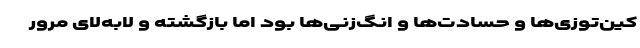
کین‌توزی‌ها و حسادت‌ها و انگ‌زنی‌ها بود اما بازگشته و لابه‌لای مرور